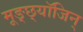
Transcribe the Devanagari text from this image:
मूङ्छ्यॉजिन्